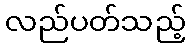
လည်ပတ်သည့်